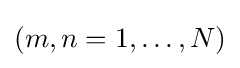
(m,n=1,\ldots ,N)